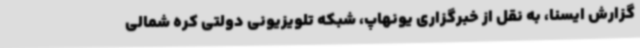
گزارش ایسنا، به نقل از خبرگزاری یونهاپ، شبکه تلویزیونی دولتی کره شمالی